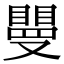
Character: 𥊿